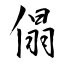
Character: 傝